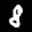
Label: 8